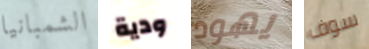
الشمبانيا ودية يهود سوف